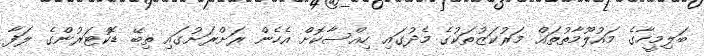
ބަލިމީހާގެ މައުލޫމާތުތައް މަރުކަޒުތަކުގެ މެދުގައި ހިއްސާކޮށް އެހެން ރަށްރަށުގައި ތިބޭ ޑޮކްޓަރުންގެ ލަފާ